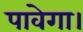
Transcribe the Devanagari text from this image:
पावेगा।